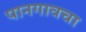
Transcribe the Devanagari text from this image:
पानगावचा